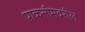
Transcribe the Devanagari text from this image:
पाकसीमेवरील